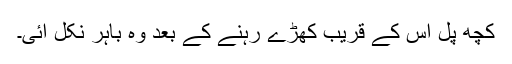
کچھ پل اس کے قریب کھڑے رہنے کے بعد وہ باہر نکل آئی۔